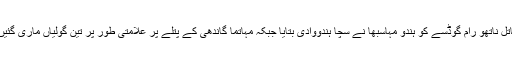
اس موقع پر گاندھی کے قاتل ناتھو رام گوڈسے کو ہندو مہاسبھا نے سچا ہندووادی بتایا جبکہ مہاتما گاندھی کے پتلے پر علامتی طور پر تین گولیاں ماری گئیں اور پھر اسے جلا دیا گیا۔